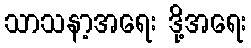
သာသနာ့အရေး ဒို့အရေး